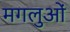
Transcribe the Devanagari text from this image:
मगलुओं